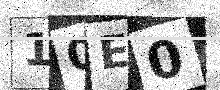
Text: 10E0